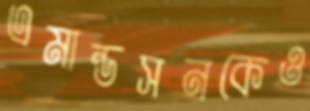
এমান্ডসনকেও